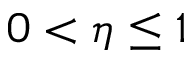
0 < \eta \leq 1